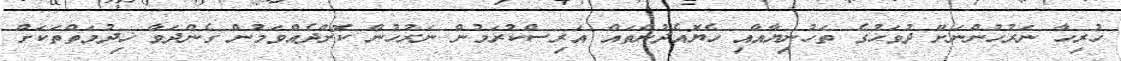
ހުރިހާ ނަރުހުންނަށް ދުވަހުގެ ތަހުނިޔާއާއި ހެޔޮއެދުންތައް އަރިސްކުރަމުން ނަރުހުން ކޮށްދެއްވަމުން ގެންދަވާ ޚިދުމަތްތަކަށް